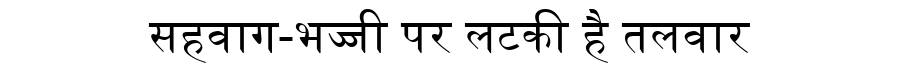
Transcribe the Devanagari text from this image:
सहवाग-भज्जी पर लटकी है तलवार